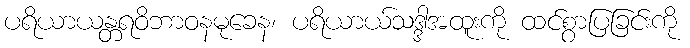
ပရိယာယန္တရဝိဘာဝနမုခေန၊ ပရိယာယ်သဒ္ဒါအထူးကို ထင်စွာပြခြင်းကို